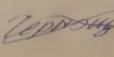
Signature authenticity: forged